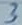
Text: 3